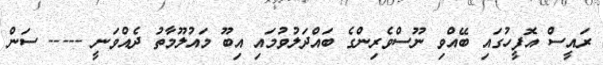
ރައީސް އޮފީހުގައި ބޭއްވި ނޫސްވެރިންގެ ބައްދަލުވުމައި އިބޫ މައުލޫމާތު ދެއްވަނީ ----- ސަން